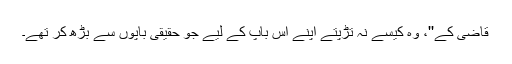
قاضی کے''، وہ کیسے نہ تڑپتے اپنے اس باپ کے لیے جو حقیقی باپوں سے بڑھ کر تھے۔